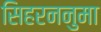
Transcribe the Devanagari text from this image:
सिहरननुमा